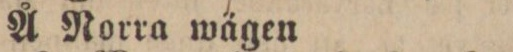
Å Norra wägen